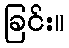
ခြင်း။